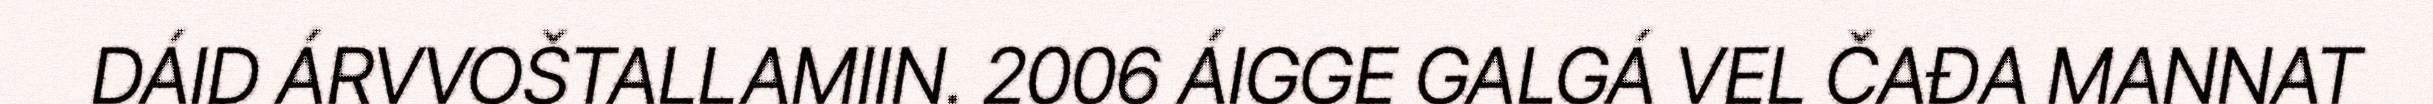
DÁID ÁRVVOŠTALLAMIIN. 2006 ÁIGGE GALGÁ VEL ČAĐA MANNAT